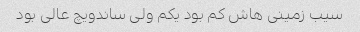
سیب زمینی هاش کم بود یکم ولی ساندویچ عالی بود